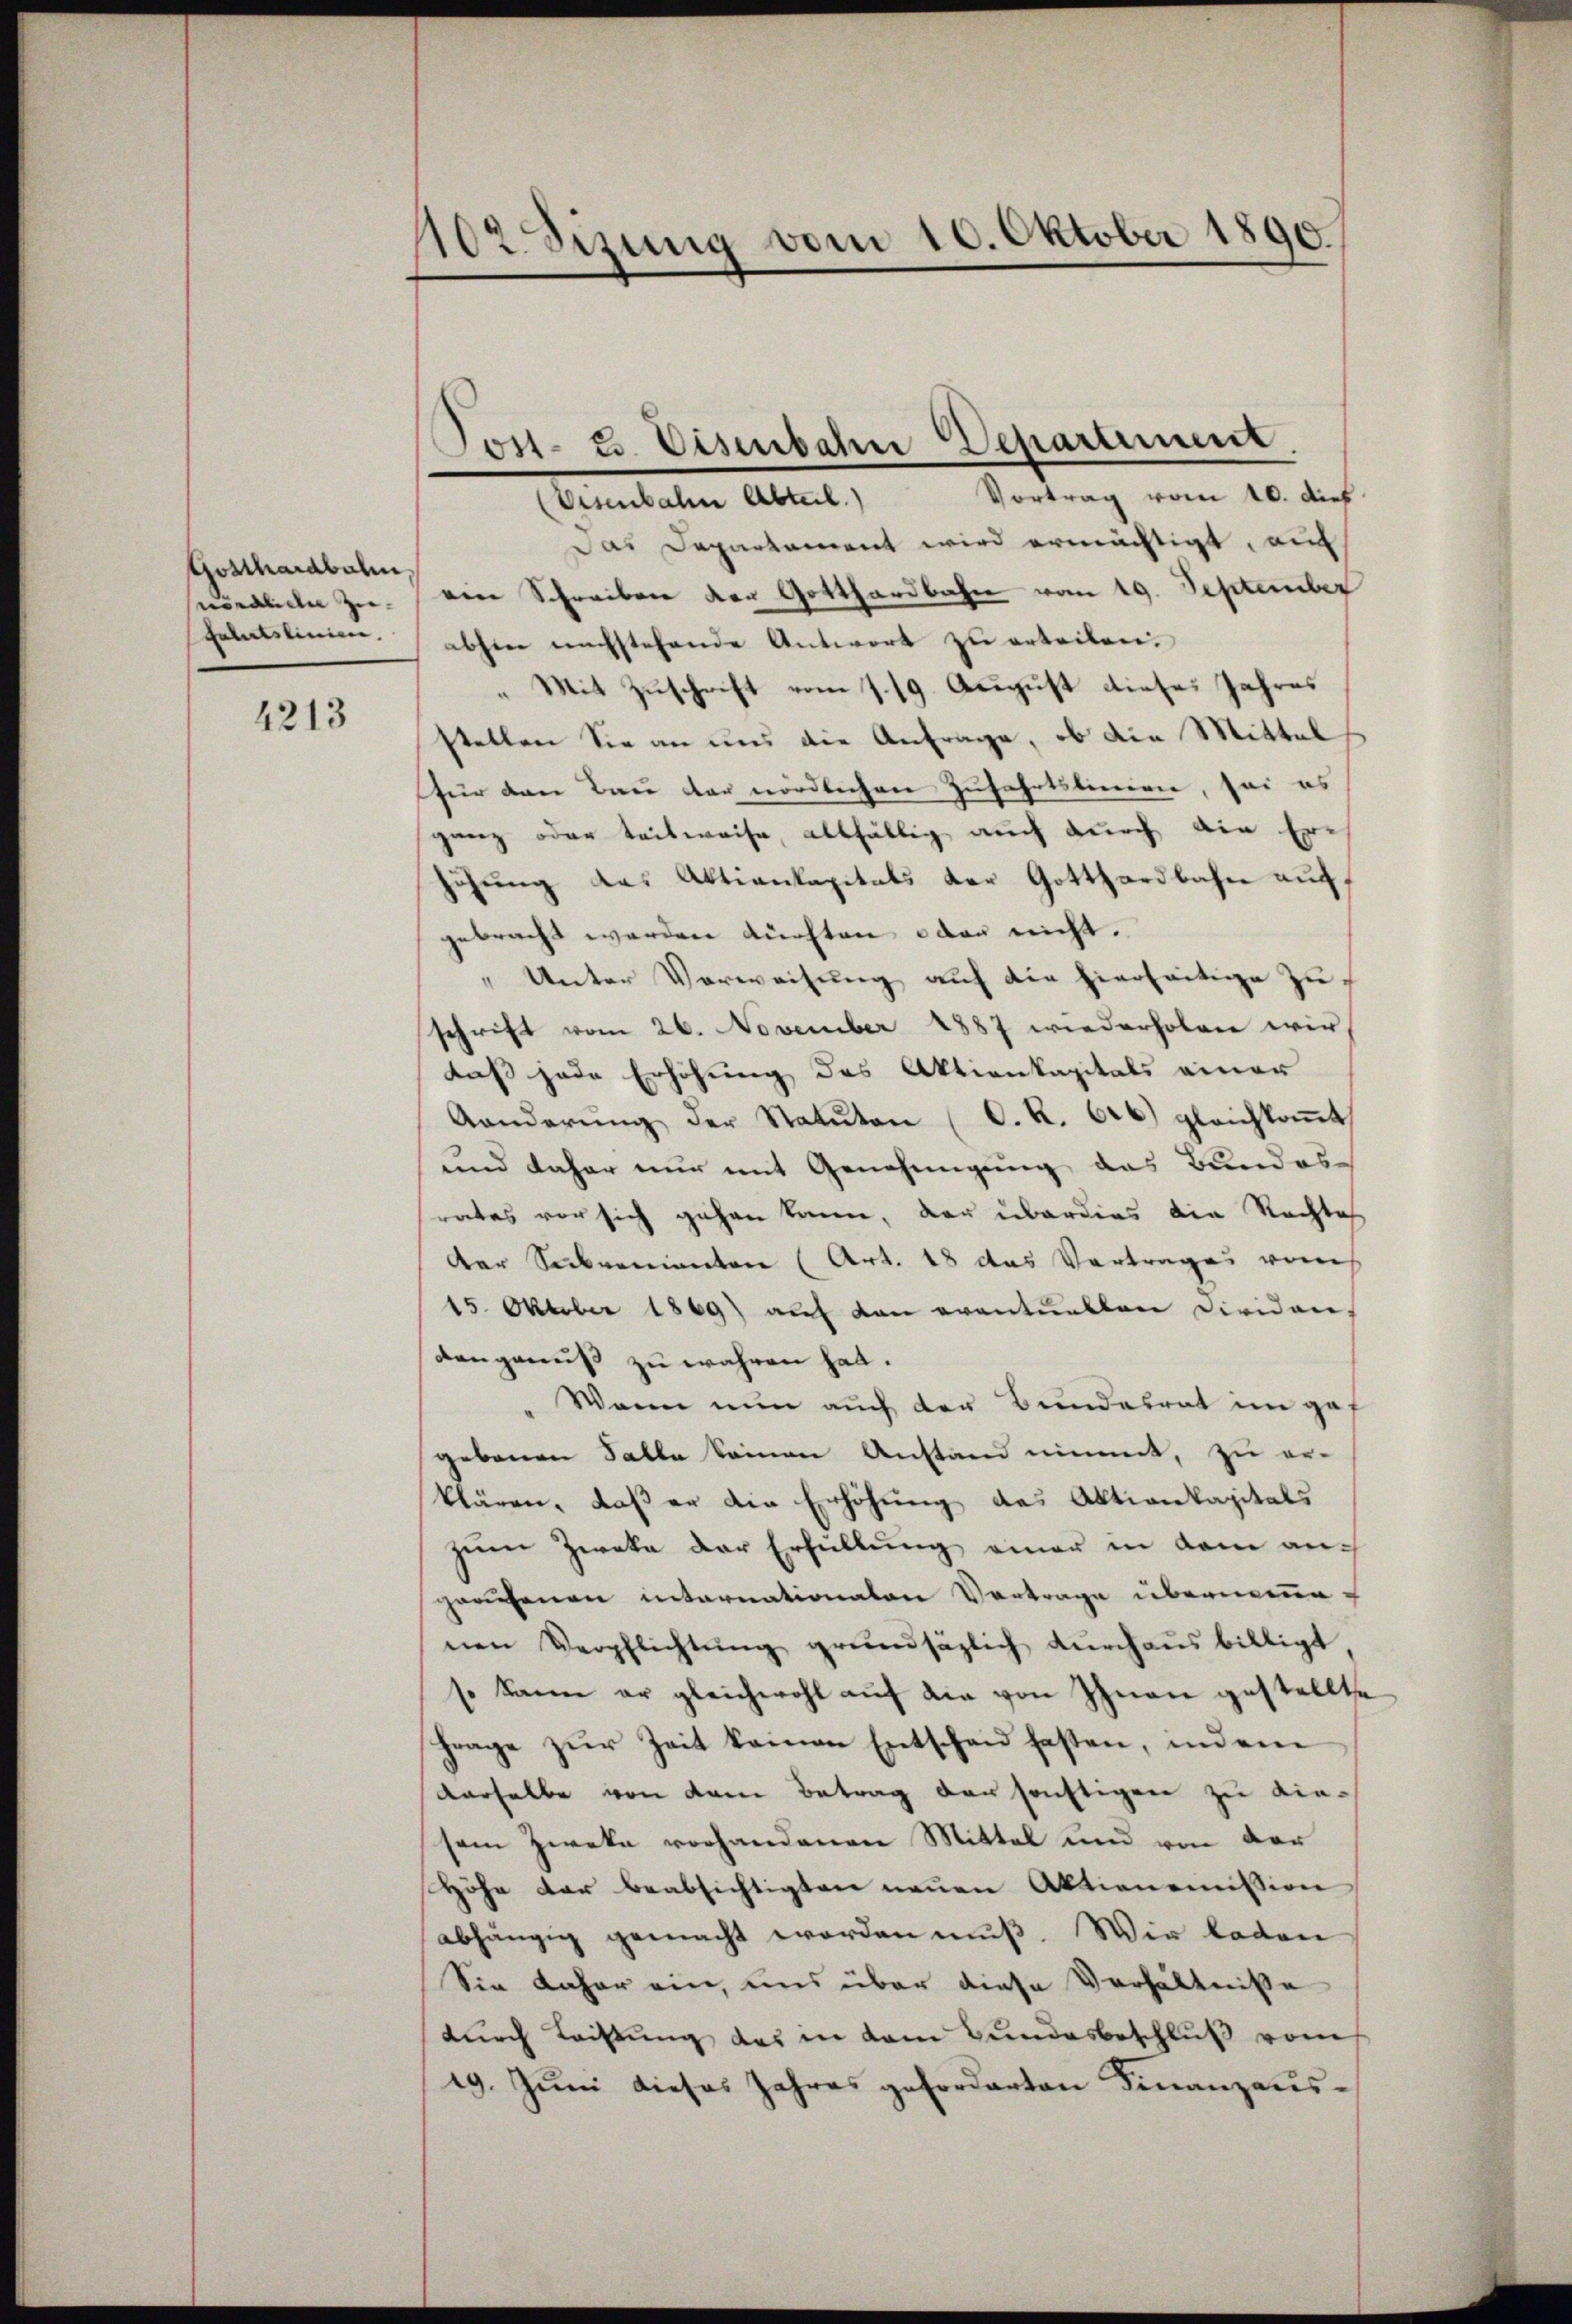
Gosthardbahn
ördliche Zu-
Fatalslinien.

4213

102. Sizung vom 10. Oktober 1890

Jost. 23. Eisenbahn Departement

Vortrag vom 10. dief
Eisenbahn Abteil.)
Das Departament wird ermächtigt, auf
ven Schreiben der Gotthardbahn vom 19. September
abhin nachstehende Antwort zu erteilen.
„Mit Zuschrift vom 1. 19. August dieses Jahres
stellen Sie an uns die Anfrage, ob die Mittel
für den Bau der nördlichen Zufahrtslinien, sei es
ganz oder teilweise, allfällig auch durch die Erichung das Aktienkapitals der Gotthardbahn auf
gebracht werden durchten, oder nicht.
„Unter Verweisung auf die hierseitige Zuschrift vom 26. November 1887 wiederholen wir
daß jede Erhöhung des Aktienkapitals einer
Aanderŭng der Statŭten (O. R. 626) gleichkoṁt
und daher nur mit Genehmigung das Bundes-
rates vor sich gehen kann, der überdies die Rechtes
der Subvenianten (Art. 18 das Vortrages vom
15. Oktober 1869 aŭf den eventuellen Dividen,
dangenuß zu währen hat.
Waren nun auch der Bundesrat im gef
gebenen Falle keinen Anstand nimmt, zu er-
klären, daß er die Erhöhung des Aktienkapitals
zum Zwecke der Erfüllung einer in dem auch
praesenen internationalen Vortrage übernemenen Verpflichtŭng grundsäzlich dŭrchausbilligt
s kann er gleichwohl auf die von Ihnen gestellte
frage zŭr Zeit keinen Entschau hasten, indem
derselbe von dem Betrag der sonstigen zu diesem Zweke vorhandenen Mittel und von der
Höhe der beabsichtigten neuen Aktionemission
abhängig gemacht worden muß. Wir laden
Sie daher ein, uns über diese Verhältniße
durch Leistung das in dem Bundesbeschluß vom
19. Juni dieses Jahres geforderten Finanzaus¬